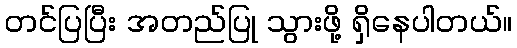
တင်ပြပြီး အတည်ပြု သွားဖို့ ရှိနေပါတယ်။